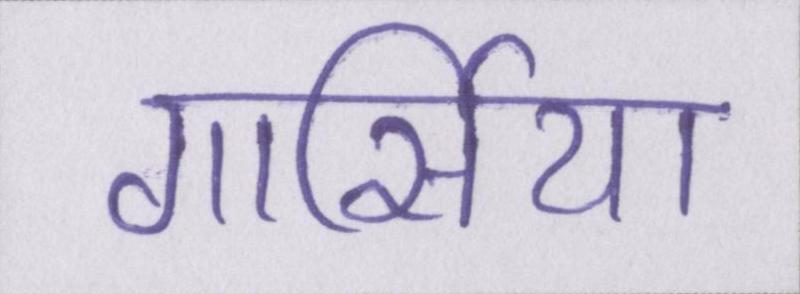
गार्सिया